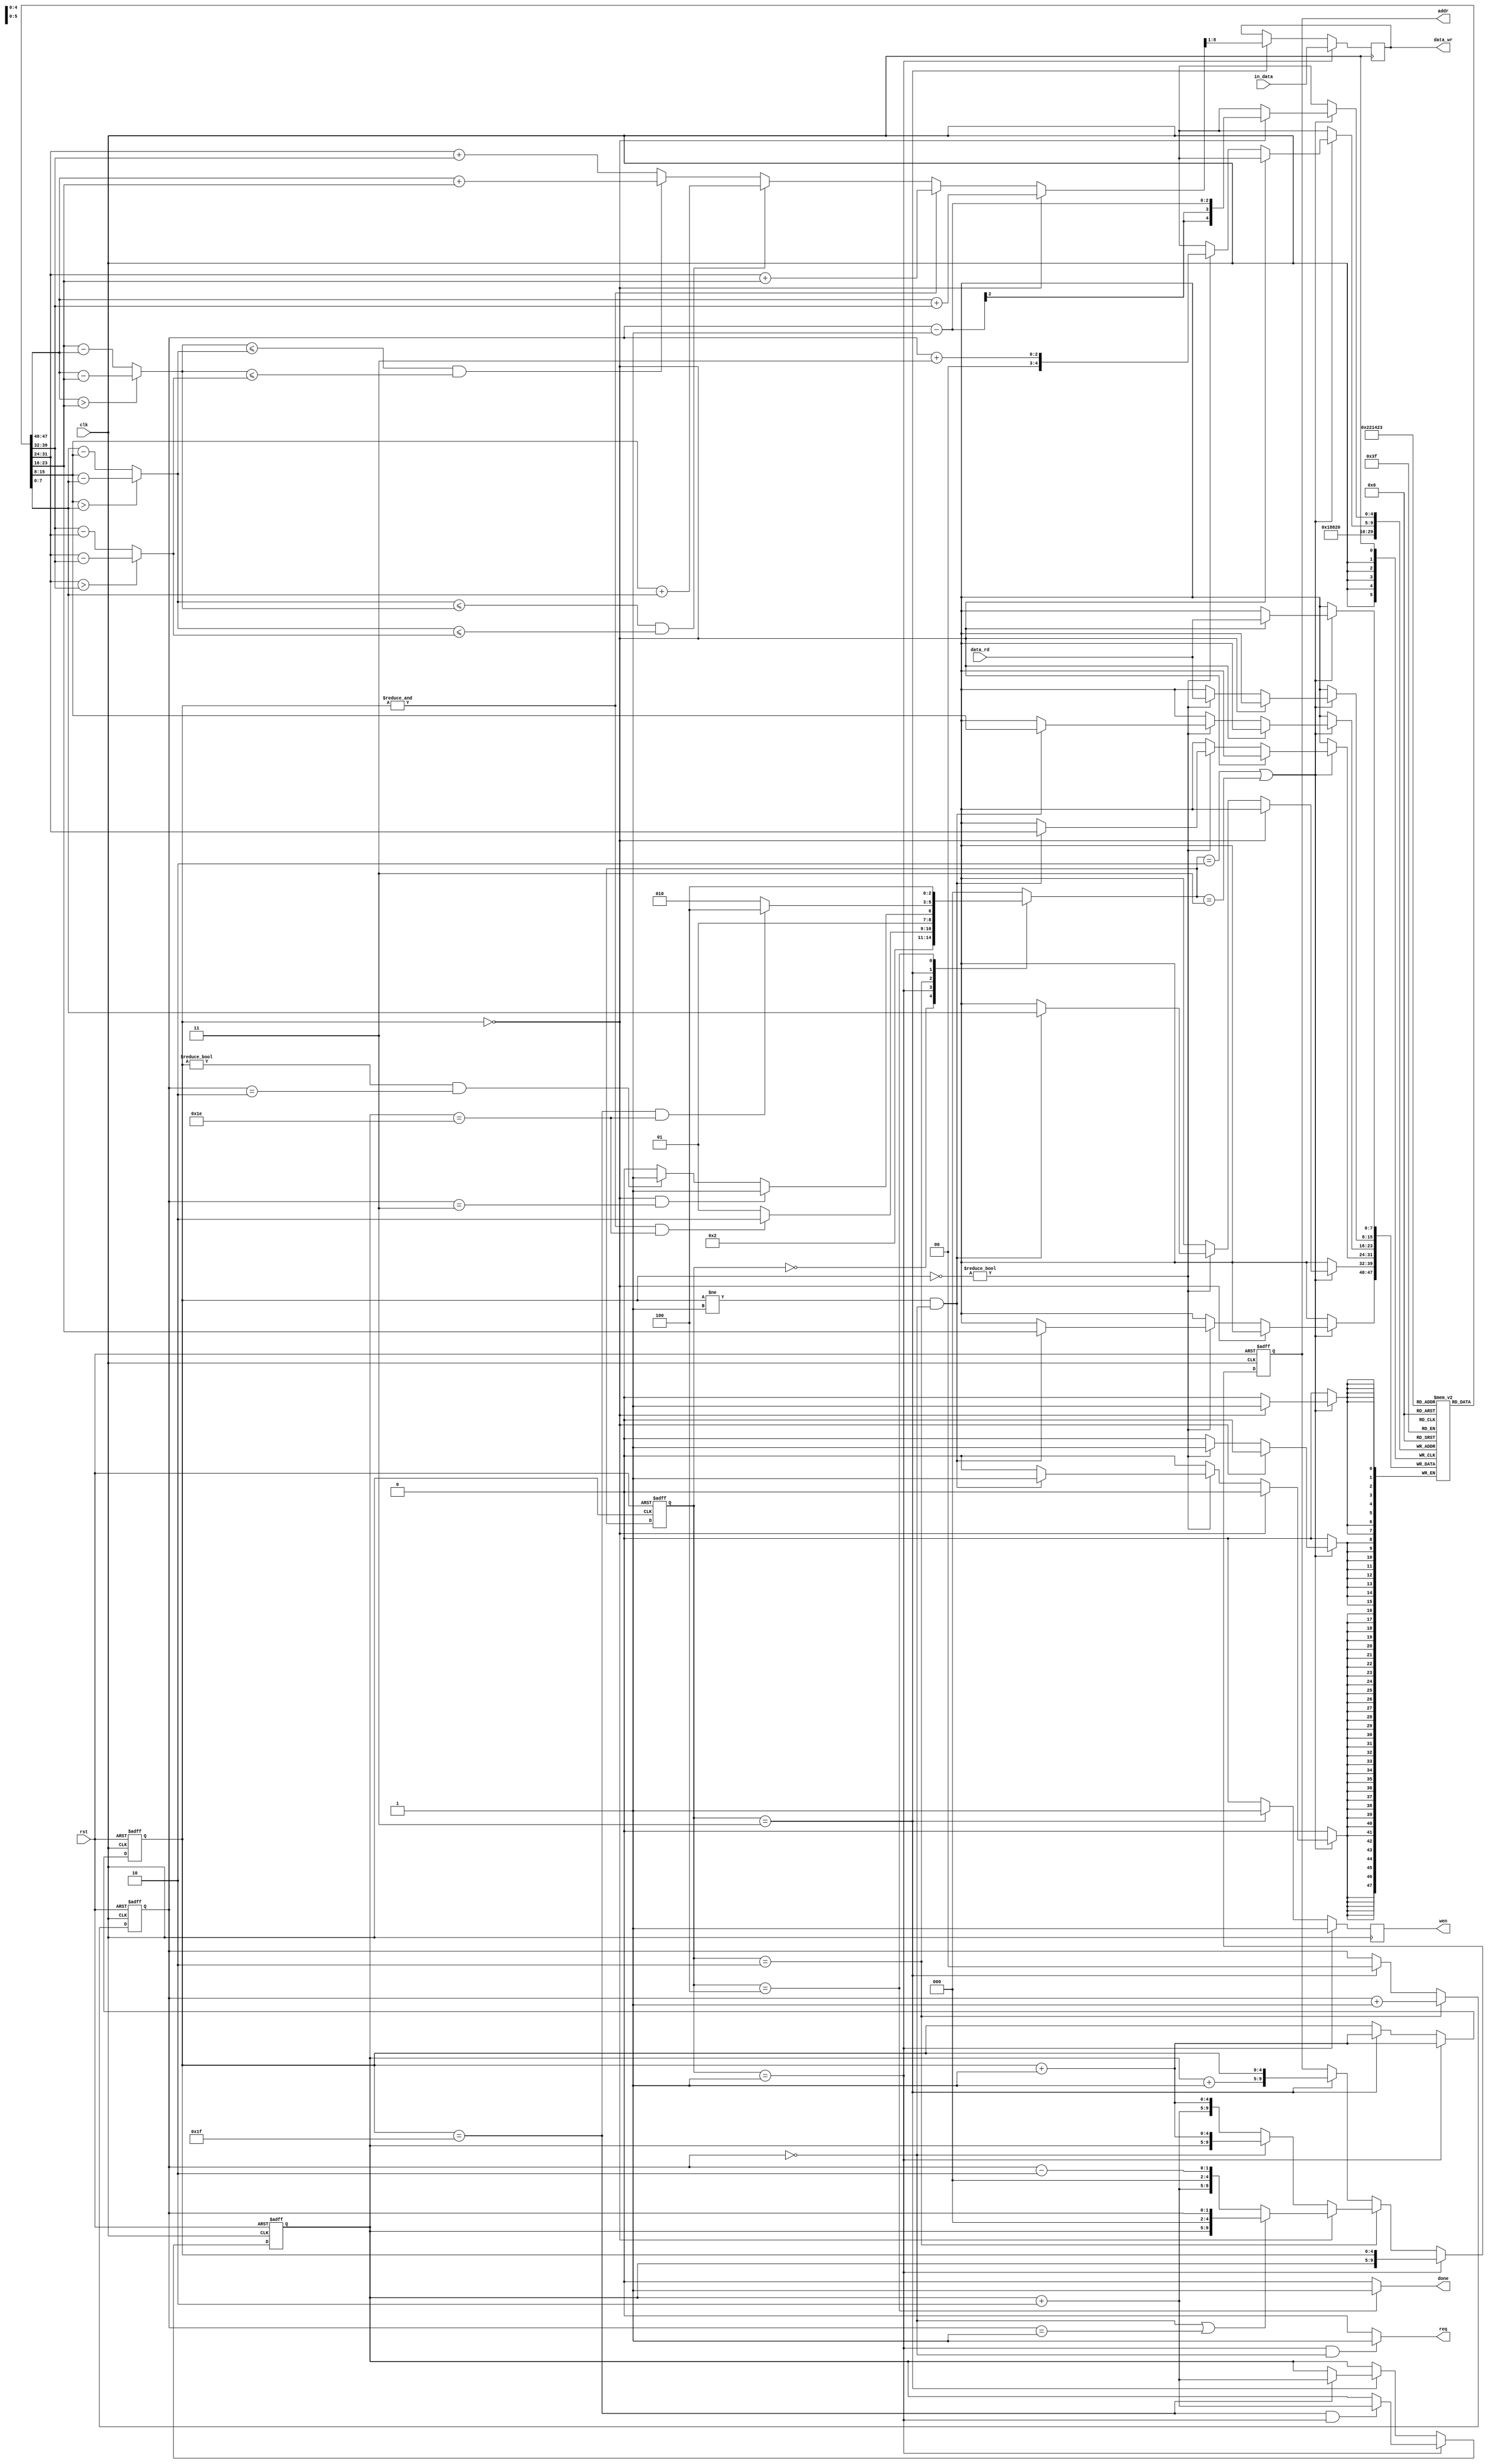
`timescale 1ns/10ps

module ELA(clk, rst, in_data, data_rd, req, wen, addr, data_wr, done);

	input				clk;
	input				rst;
	input		[7:0]	in_data;
	input		[7:0]	data_rd;
	output				req;
	output		reg		wen;
	output		reg[9:0]addr;
	output		reg[7:0]data_wr;
	output				done;


	//--------------------------------------
	//		Write your code here
	//--------------------------------------
	reg [2:0]state, next_state;
	reg [7:0]buff[0:31];
	reg [4:0]row, col;
	reg [1:0]cnt;
	reg [7:0]tmp1, tmp2;
	wire [7:0] d1,d2,d3;
	wire [7:0] a,b,c,d,e,f;
	reg [8:0]out_tmp;
	assign a = buff[0];
	assign b = buff[1];
	assign c = buff[4];
	assign d = buff[2];
	assign e = buff[3];
	assign f = buff[5];
	parameter IDLE =    3'd0;//000
	parameter ODD_RD_WR=3'd1;//001 
	parameter EVEN_RD = 3'd2;//011
	parameter EVEN_WR = 3'd3;//100
	parameter DONE =    3'd4;//101

	always @(posedge clk or posedge rst) begin
		if(rst)
			state <= IDLE;
		else 
			state <= next_state;
	end

	always @(*) begin
		case(state)
			IDLE :begin
				next_state = ODD_RD_WR;
			end
			ODD_RD_WR :begin
				if(&col && row == 30)begin
					next_state = EVEN_RD;
				end
				else begin
					next_state = ODD_RD_WR;
				end
			end
			EVEN_RD :begin
				if((col == 0) && cnt == 3)
					next_state = EVEN_WR;
				else if((col != 0) && cnt == 2)
					next_state = EVEN_WR;
				else 
					next_state = EVEN_RD;
			end
			EVEN_WR :begin
				if(col == 31 && row == 30)
					next_state = DONE;
				else
					next_state = EVEN_RD;
			end
			DONE:
				next_state = DONE;
			default: next_state = IDLE;
		endcase
	end

	//req
	assign req = (state == ODD_RD_WR && cnt == 0)?1:0;

	//buff
	always @(posedge clk) begin
		if(next_state == EVEN_RD || next_state == EVEN_WR)begin
			if(!col) begin
				buff[cnt - 1] <= data_rd;
			end
			else if (~col) begin
				buff[cnt + 3] <= data_rd;
				if(col != 1 && !cnt)begin
					buff[0] <= buff[1];
					buff[1] <= buff[4];
					buff[2] <= buff[3];
					buff[3] <= buff[5];
				end
			end
		end
	end
	//cnt
	always @(posedge clk or posedge rst) begin
		if(rst)begin
			cnt <= 0;
		end
		// else if(state == ODD_RD)begin
		// 	cnt <= cnt + 1;
		// end
		else if(state == EVEN_RD)begin
			cnt <= cnt + 1;
		end
		else if(state == EVEN_WR)begin
			cnt <= 0;
		end
	end

	//addr
	always @(posedge clk or posedge rst) begin
		if(rst)begin
			addr <= 0;
		end
		else if(state == ODD_RD_WR)begin
			addr <= {row,col};
		end
		else if(state == EVEN_RD)begin
			if(col == 0)begin
				if(cnt == 0 || cnt == 1)
					addr <= {row,3'd0,cnt};
				else
					addr <= {row +5'd2,3'd0,cnt - 2'd2};//2 3
			end
			else begin
				if(cnt == 0)
					addr <= {row , col + 5'd1};
				else
					addr <= {row +5'd2, col + 5'd1};
			end
		end
		else if (state == EVEN_WR)begin
			addr <= {row + 5'd1,col};
		end
	end
	assign d1 = (a>f)?a-f:f-a;
	assign d2 = (b>e)?b-e:e-b;
	assign d3 = (c>d)?c-d:d-c;
	
	always @(*) begin
		if(!col) begin
			out_tmp = buff[0] + buff[2];
		end
		else if(&col)begin  //col == 31 => reduce area by 34
			out_tmp = (buff[4] + buff[5]);
		end
		else begin
			if(d2 <= d1 && d2 <= d3)
				out_tmp = (b+e);
			else if(d1 <= d2 && d1 <= d3)	
				out_tmp = (a+f);
			else
				out_tmp = (c+d);
		end
	end
	//data_wr
	always @(posedge clk) begin
		if(state == ODD_RD_WR)begin
			data_wr <= in_data;
			wen <= 1;
		end
		else if(state == EVEN_WR)begin
			wen <= 1;
			data_wr <= out_tmp[8:1];
		end
		else
			wen <= 0;
	end
	//col row
	always @(posedge clk or posedge rst) begin
		if(rst)begin //remember to add posedge rst at posedge rst to reduce area by 5
			row <= 0;
			col <= 0;
		end
		else if(state == ODD_RD_WR)begin 
			if(col == 31 && state == ODD_RD_WR)
				row <= row + 2;
			col <= col +1;
		end
		else if(state == EVEN_WR)begin
			if(col == 31)begin
				row <= row + 2;
			end
			col <= col + 1;
		end
	end
	assign done = (state == DONE)?1:0;
endmodule